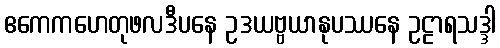
ဧကေကဟေတုဖလဒီပနေ ဥဒယဗ္ဗယာနုပဿနေ ဥဠာရသဒ္ဒါ